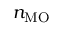
n _ { \mathrm { M O } }